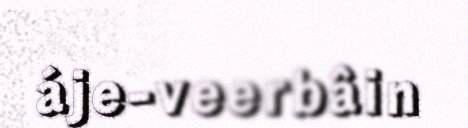
áje-veerbâin